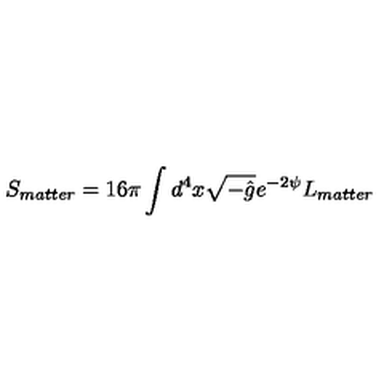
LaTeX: S _ { m a t t e r } = 1 6 \pi \int d ^ { 4 } x \sqrt { - \hat { g } } e ^ { - 2 \psi } L _ { m a t t e r }